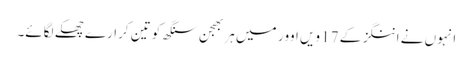
انہوں نے اننگز کے 17 ویں اوور میں ہربھجن سنگھ کو تین کرارے چھکے لگائے۔